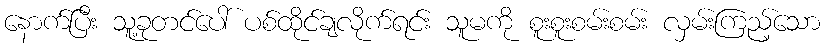
နောက်ပြီး သူ့ခုတင်ပေါ် ပစ်ထိုင်ချလိုက်ရင်း သူမကို စူးစူးစမ်းစမ်း လှမ်းကြည့်သော